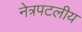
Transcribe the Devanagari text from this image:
नेत्रपटलीय